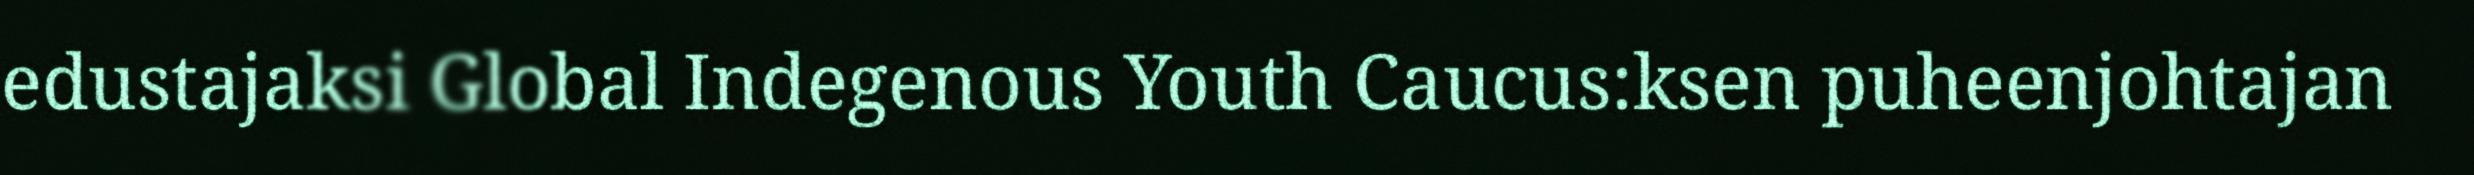
edustajaksi Global Indegenous Youth Caucus:ksen puheenjohtajan